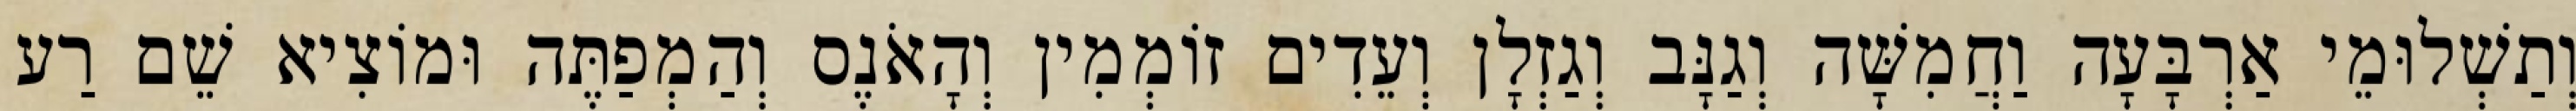
וְתַשְׁלוּמֵי אַרְבָּעָה וַחֲמִשָּׁה וְגַנָּב וְגַזְלָן וְעֵדִים זוֹמְמִין וְהָאֹנֶס וְהַמְפַתֶּה וּמוֹצִיא שֵׁם רַע